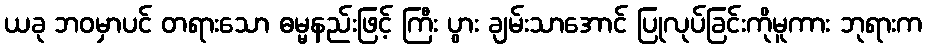
ယခု ဘဝမှာပင် တရားသော ဓမ္မနည်းဖြင့် ကြီး ပွား ချမ်းသာအောင် ပြုလုပ်ခြင်းကိုမူကား ဘုရားက